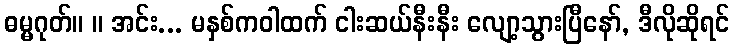
ဓမ္မဂုတ်။ ။ အင်း... မနှစ်ကဝါထက် ငါးဆယ်နီးနီး လျော့သွားပြီနော်, ဒီလိုဆိုရင်